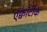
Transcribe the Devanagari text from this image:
ऍक्वॉटीक